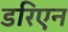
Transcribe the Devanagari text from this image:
डरिएन